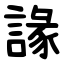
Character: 䛹